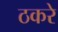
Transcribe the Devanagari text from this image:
ठकरे